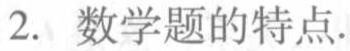
2. 数学题的特点.